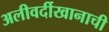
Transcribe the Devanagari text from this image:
अलीवर्दीखानाची